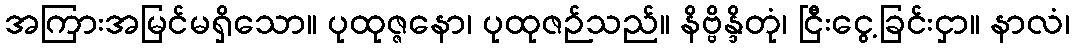
အကြားအမြင်မရှိသော။ ပုထုဇ္ဇနော၊ ပုထုဇဉ်သည်။ နိဗ္ဗိန္ဒိတုံ၊ ငြီးငွေ့ခြင်းငှာ။ နာလံ၊